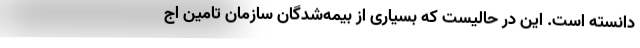
دانسته است. این در حالیست که بسیاری از بیمه‌شدگان سازمان تامین اج